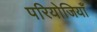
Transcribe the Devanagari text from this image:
परियोजियाँ